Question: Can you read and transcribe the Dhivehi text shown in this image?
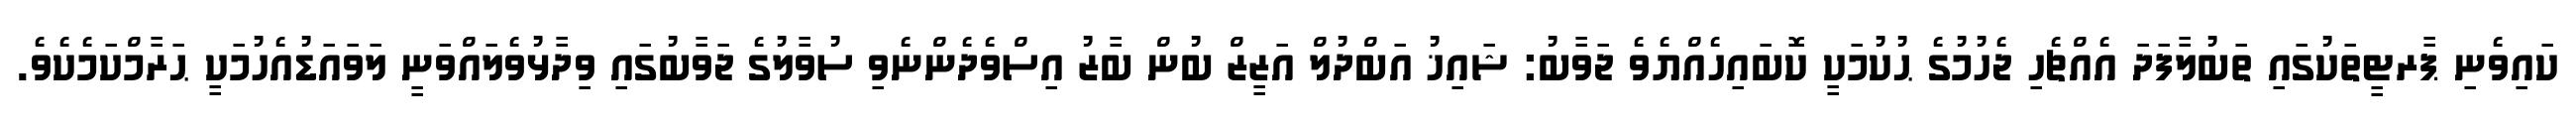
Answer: ކައިވެނި ޕާރޓީތަކުގައި ތަބުލާފަދަ އެއްޗެހި ޖެހުމުގެ ޙުކުމަކީ ކޮބައިހެއްޔެވެ ޖަވާބު: ޝައިޚު އަބްދުލް އަޒީޒް ބުން ބާޒު އިސްވެދެންނެވި ސުވާލުގެ ޖަވާބުގައި ވިދާޅުވެލައްވަނީ ލަވައަޑުއެހުމަކީ ޙަރާމްކަމެކެވެ.